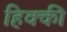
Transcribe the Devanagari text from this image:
हिक्‍की